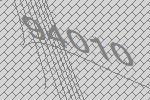
94010